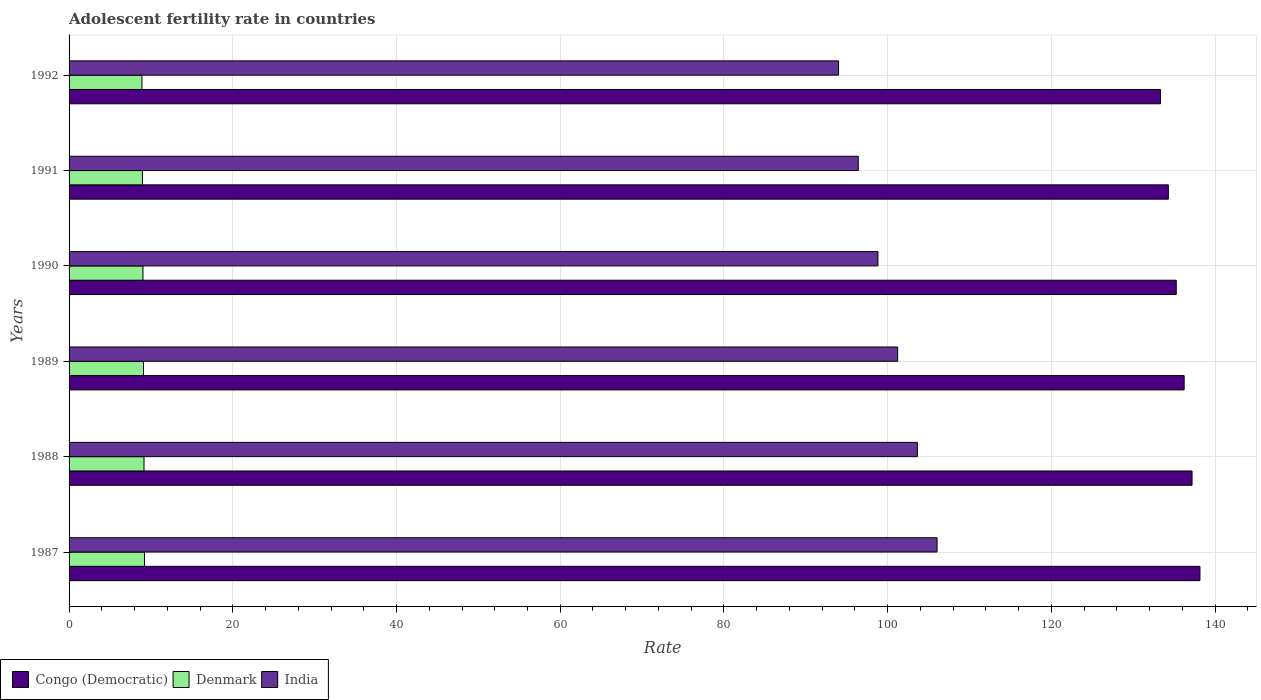
| Years | Congo (Democratic) | Denmark | India |
 | --- | --- | --- | --- |
 | 1987 | 138 | 9.22 | 106 |
 | 1988 | 137 | 9.16 | 104 |
 | 1989 | 136 | 9.09 | 101 |
 | 1990 | 135 | 9.03 | 98.8 |
 | 1991 | 134 | 8.96 | 96.4 |
 | 1992 | 133 | 8.9 | 94 |